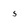
Character: 5